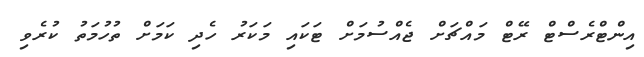
އިންޓްރެސްޓް ރޭޓް މައްޗަށް ޖެއްސުމަށް ޓަކައި މަކަރު ހެދި ކަމަށް ތުހުމަތު ކުރެވި